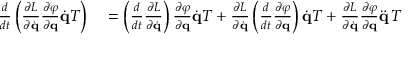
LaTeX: \begin{array} { r l } { { \frac { d } { d t } } \left( { \frac { \partial L } { \partial { \dot { \mathbf { q } } } } } { \frac { \partial \varphi } { \partial \mathbf { q } } } { \dot { \mathbf { q } } } T \right) } & { { } = \left( { \frac { d } { d t } } { \frac { \partial L } { \partial { \dot { \mathbf { q } } } } } \right) { \frac { \partial \varphi } { \partial \mathbf { q } } } { \dot { \mathbf { q } } } T + { \frac { \partial L } { \partial { \dot { \mathbf { q } } } } } \left( { \frac { d } { d t } } { \frac { \partial \varphi } { \partial \mathbf { q } } } \right) { \dot { \mathbf { q } } } T + { \frac { \partial L } { \partial { \dot { \mathbf { q } } } } } { \frac { \partial \varphi } { \partial \mathbf { q } } } { \ddot { \mathbf { q } } } \, T } \end{array}